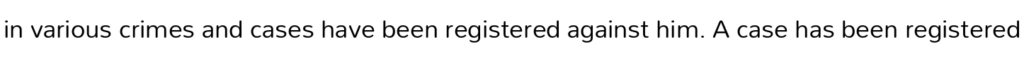
in various crimes and cases have been registered against him. A case has been registered